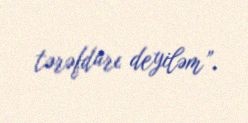
tərəfdarı deyiləm”.